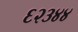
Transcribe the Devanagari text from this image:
६२३४४